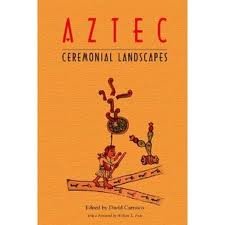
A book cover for To Change Place: Aztec Ceremonial Landscapes; History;